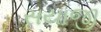
સયાજી